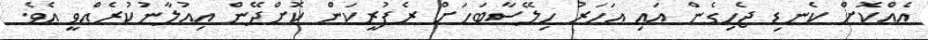
އެއްކޮށް ކެނޑި ޖެހިގެން އައި އަހަރު ހިލޭސާބަހަށް ރެފުރީކަން ކޮށްދޭން އިއުލާނުކުރެއްވީ އެވެ.